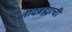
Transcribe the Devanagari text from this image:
नादब्रह्माची